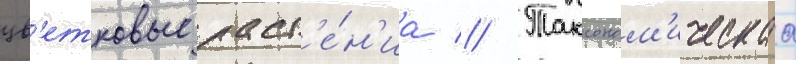
цв'етковые раст'е́н'иа // Таксоном'ическаа